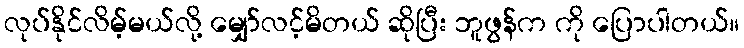
လုပ်နိုင်လိမ့်မယ်လို့ မျှော်လင့်မိတယ် ဆိုပြီး ဘူဖွန်က ကို ပြောပါတယ်။